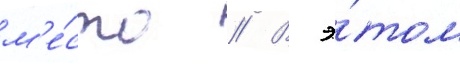
м'е́сто // В э́том